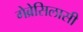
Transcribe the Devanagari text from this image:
गेब्रेसिलासी